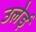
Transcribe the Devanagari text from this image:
उलेई